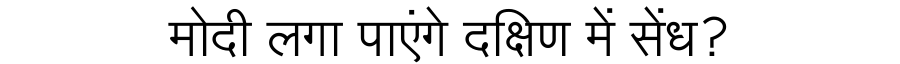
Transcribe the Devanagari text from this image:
मोदी लगा पाएंगे दक्षिण में सेंध?